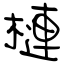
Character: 槤